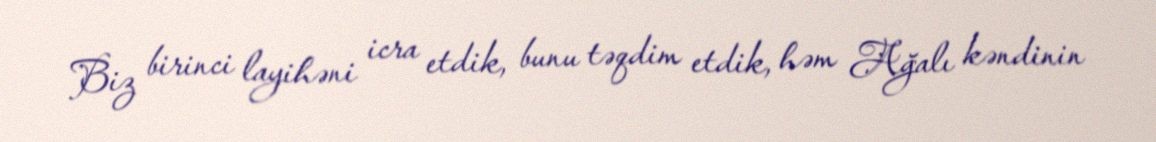
Biz birinci layihəni icra etdik, bunu təqdim etdik, həm Ağalı kəndinin